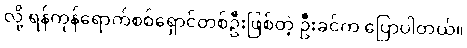
လို့ ရန်ကုန်ရောက်စစ်ရှောင်တစ်ဦးဖြစ်တဲ့ ဦးခင်က ပြောပါတယ်။